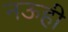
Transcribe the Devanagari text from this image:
नऊही